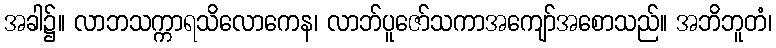
အခါ၌။ လာဘသက္ကာရသိလောကေန၊ လာဘ်ပူဇော်သကာအကျော်အစောသည်။ အဘိဘူတံ၊